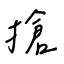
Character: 搶